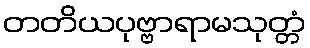
တတိယပုဗ္ဗာရာမသုတ္တံ